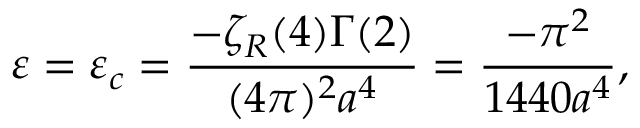
\varepsilon = \varepsilon _ { c } = \frac { - \zeta _ { R } ( 4 ) \Gamma ( 2 ) } { ( 4 \pi ) ^ { 2 } a ^ { 4 } } = \frac { - \pi ^ { 2 } } { 1 4 4 0 a ^ { 4 } } ,